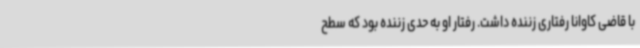
با قاضی کاوانا رفتاری زننده داشت. رفتار او به حدی زننده بود که سطح